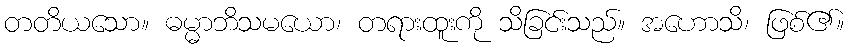
တတိယသော။ ဓမ္မာဘိသမယော၊ တရားထူးကို သိခြင်းသည်။ အဟောသိ၊ ဖြစ်၏။